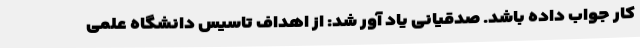
کار جواب داده باشد. صدقیانی یاد آور شد: از اهداف تاسیس دانشگاه علمی